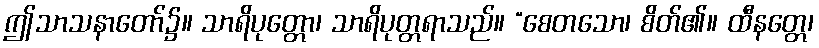
ဤသာသနာတော်၌။ သာရိပုတ္တော၊ သာရိပုတ္တရာသည်။ “စေတသော၊ စိတ်၏။ ထီနတ္တေ၊